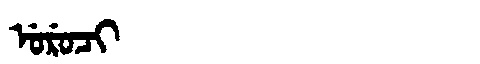
Manchu: ᡠᡵᡠᠴᡳ
Romanization: URUCI